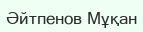
Әйтпенов Мұқан